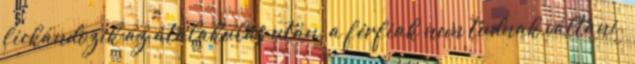
fickándozik az átalakulás után, a férfiak nem tudnak váltani.